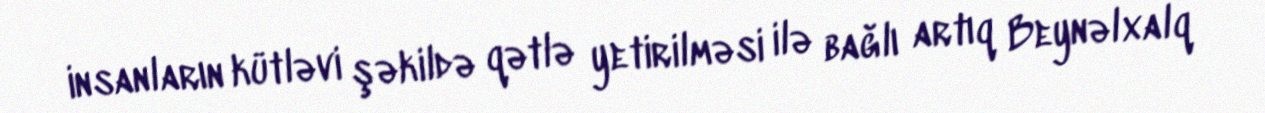
insanların kütləvi şəkildə qətlə yetirilməsi ilə bağlı artıq Beynəlxalq